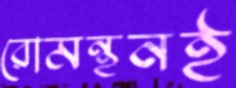
রোমন্থনই